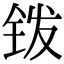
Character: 䥽